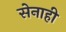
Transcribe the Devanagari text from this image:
सेनाही